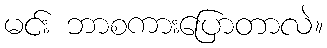
မင်း ဘာစကားပြောတာလဲ။